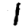
Digit: 1